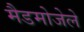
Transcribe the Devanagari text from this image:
मैडमोजेले